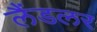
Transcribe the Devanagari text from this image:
लैंडलर